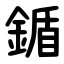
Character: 鍎